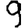
Digit: 9